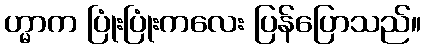
ဟ္မာက ပြုံးပြုံးကလေး ပြန်ပြောသည်။